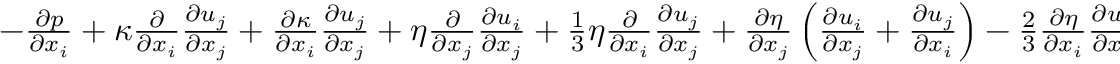
\begin{array} { r } { - \frac { \partial p } { \partial x _ { i } } + \kappa \frac { \partial } { \partial x _ { i } } \frac { \partial u _ { j } } { \partial x _ { j } } + \frac { \partial \kappa } { \partial x _ { i } } \frac { \partial u _ { j } } { \partial x _ { j } } + \eta \frac { \partial } { \partial x _ { j } } \frac { \partial u _ { i } } { \partial x _ { j } } + \frac { 1 } { 3 } \eta \frac { \partial } { \partial x _ { i } } \frac { \partial u _ { j } } { \partial x _ { j } } + \frac { \partial \eta } { \partial x _ { j } } \left( \frac { \partial u _ { i } } { \partial x _ { j } } + \frac { \partial u _ { j } } { \partial x _ { i } } \right) - \frac { 2 } { 3 } \frac { \partial \eta } { \partial x _ { i } } \frac { \partial u _ { j } } { \partial x _ { j } } = 0 . } \end{array}